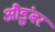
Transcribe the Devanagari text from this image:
औडुंबर